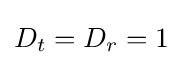
D_{t}=D_{r}=1